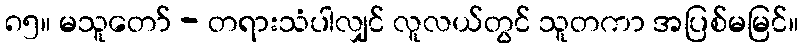
၈၅။ မသူတော် - တရားသံပါလျှင် လူလယ်တွင် သူတကာ အပြစ်မမြင်။